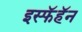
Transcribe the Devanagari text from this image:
इस्फॅहॅन